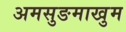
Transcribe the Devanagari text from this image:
अमसुङमाखुम